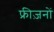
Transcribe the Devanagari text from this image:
फ्रीज़नों